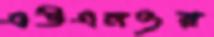
এউএনওর